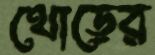
থোড়ের